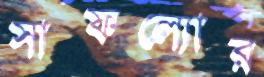
সাফল্যোর